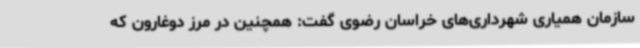
سازمان همیاری شهرداری‌های خراسان رضوی گفت: همچنین در مرز دوغارون که